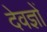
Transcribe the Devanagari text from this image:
देवज्ञों